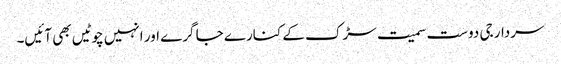
سردار جی دوست سمیت سڑک کے کنارے جا گرے اور انہیں چوٹیں بھی آئیں۔